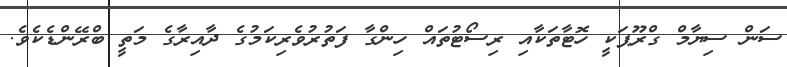
ސަން ސިޔާމް ގްރޫޕަކީ ހޮޓާތަކާއި ރިސޯޓުތައް ހިންގާ ފަތުރުވެރިކަމުގެ ދާއިރާގެ މަތީ ބްރޭންޑެކެވެ.